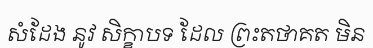
សំដែង នូវ សិក្ខាបទ ដែល ព្រះតថាគត មិន